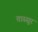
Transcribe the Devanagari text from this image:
तास्सुर